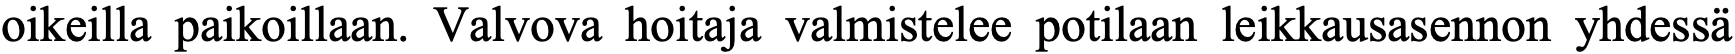
oikeilla paikoillaan. Valvova hoitaja valmistelee potilaan leikkausasennon yhdessä